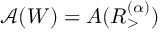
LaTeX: \mathcal { A } ( W ) = A ( R _ { > } ^ { ( \alpha ) } )